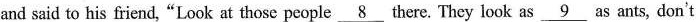
and said to his friend,"Look at those people \underline{8} there. They look as \underline{9} as ants, don't